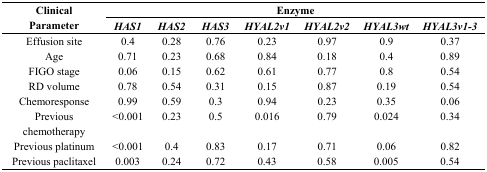
| <ROWSPAN=3> Clinical Parameter | <COLSPAN=7> Enzyme |
 | HAS1 | HAS2 | HAS3 | HYAL2v1 | HYAL2v2 | HYAL3wt | HYAL3v1-3 |
 | --- | --- | --- | --- | --- | --- | --- | --- |
 | Effusion site | 0.4 | 0.28 | 0.76 | 0.23 | 0.97 | 0.9 | 0.37 |
 | Age | 0.71 | 0.23 | 0.68 | 0.84 | 0.18 | 0.4 | 0.89 |
 | FIGO stage | 0.06 | 0.15 | 0.62 | 0.61 | 0.77 | 0.8 | 0.54 |
 | RD volume | 0.78 | 0.54 | 0.31 | 0.15 | 0.87 | 0.19 | 0.54 |
 | Chemoresponse | 0.99 | 0.59 | 0.3 | 0.94 | 0.23 | 0.35 | 0.06 |
 | Previous chemotherapy | <0.001 | 0.23 | 0.5 | 0.016 | 0.79 | 0.024 | 0.34 |
 | Previous platinum | <0.001 | 0.4 | 0.83 | 0.17 | 0.71 | 0.06 | 0.82 |
 | Previous paclitaxel | 0.003 | 0.24 | 0.72 | 0.43 | 0.58 | 0.005 | 0.54 |